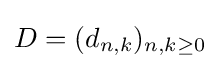
D=(d_{n,k})_{n,k\geq 0}